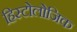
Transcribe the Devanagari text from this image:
हिस्टोलोजिक